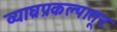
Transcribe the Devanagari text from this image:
व्याघ्रप्रकल्पातून